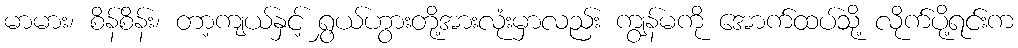
မာမား၊ စိန်စိန်း၊ တာ့ကျယ်နှင့် ရွှယ်ဟွားတို့အားလုံးမှာလည်း ကျွန်မကို အောက်ထပ်သို့ လိုက်ပို့ရင်းက